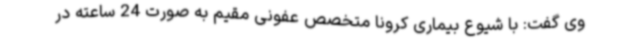
وی گفت: با شیوع بیماری کرونا متخصص عفونی مقیم به صورت 24 ساعته در